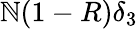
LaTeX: \mathbb{N}(1-R)\delta_{3}